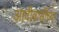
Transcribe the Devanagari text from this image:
आदीवासींच्या